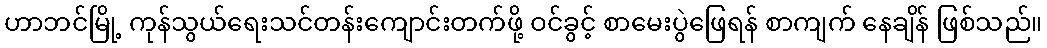
ဟာဘင်မြို့ ကုန်သွယ်ရေးသင်တန်းကျောင်းတက်ဖို့ ဝင်ခွင့် စာမေးပွဲဖြေရန် စာကျက် နေချိန် ဖြစ်သည်။